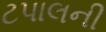
ટપાલની